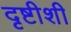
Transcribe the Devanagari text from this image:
दृष्टीशी